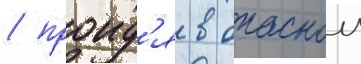
/ проид'я в опаснои